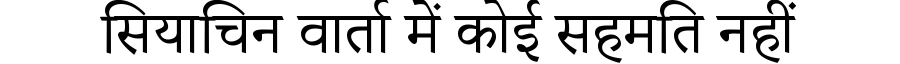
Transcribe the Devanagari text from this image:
सियाचिन वार्ता में कोई सहमति नहीं